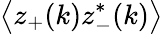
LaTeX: \left<z_{+}(k)z_{-}^{*}(k)\right>